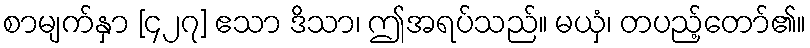
စာမျက်နှာ [၄၂၇] ဧသာ ဒိသာ၊ ဤအရပ်သည်။ မယှံ၊ တပည့်တော်၏။